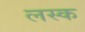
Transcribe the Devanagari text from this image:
लस्क